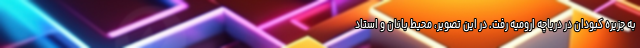
به جزیره کبودان در دریاچه ارومیه رفت. در این تصویر، محیط بانان و استاد